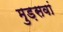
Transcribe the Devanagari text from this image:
मुड़सवां